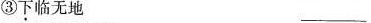
③下临无地___